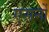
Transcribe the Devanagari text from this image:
एसर्नो